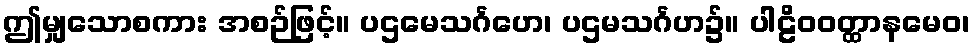
ဤမျှသောစကား အစဉ်ဖြင့်။ ပဌမေသင်္ဂဟေ၊ ပဌမသင်္ဂဟ၌။ ပါဠိဝဝတ္ထာနမေဝ၊